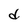
Character: d